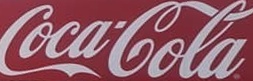
CocaCola